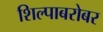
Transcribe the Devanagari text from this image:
शिल्पाबरोबर